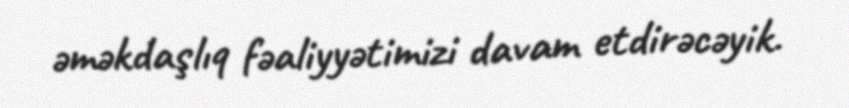
əməkdaşlıq fəaliyyətimizi davam etdirəcəyik.